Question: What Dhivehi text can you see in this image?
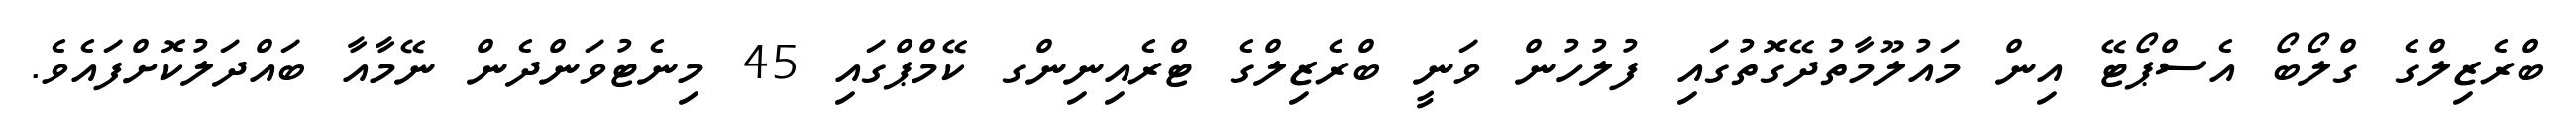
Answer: ބްރެޒިލްގެ ގްލޯބޯ އެސްޕޯޓޭ އިން މައުލޫމާތުދޭގޮތުގައި ފުލުހުން ވަނީ ބްރެޒިލްގެ ޓްރެއިނިންގ ކޭމްޕްގައި 45 މިނެޓުވަންދެން ނޭމާއާ ބައްދަލުކޮށްފައެވެ.